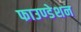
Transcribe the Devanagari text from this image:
फाउण्‍डेशन